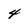
Character: 4